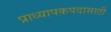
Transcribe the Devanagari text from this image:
प्राध्यापकपदासाठी